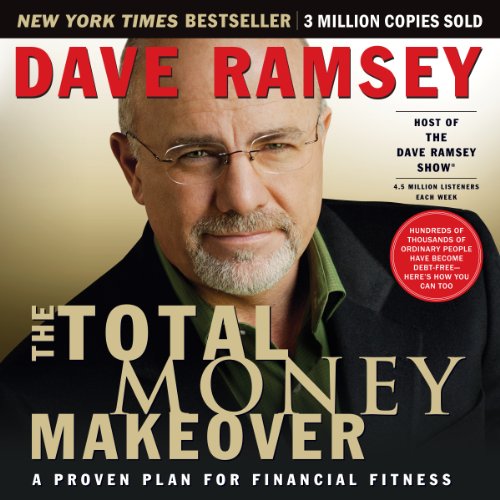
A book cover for The Total Money Makeover: A Proven Plan for Financial Fitness; Dave Ramsey; Business & Money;